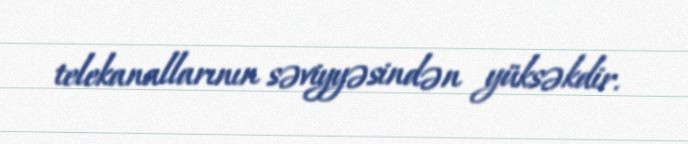
telekanallarının səviyyəsindən yüksəkdir.